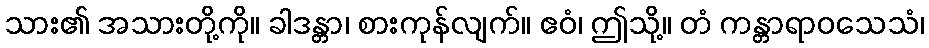
သား၏ အသားတို့ကို။ ခါဒန္တာ၊ စားကုန်လျက်။ ဧဝံ၊ ဤသို့။ တံ ကန္တာရာဝသေသံ၊